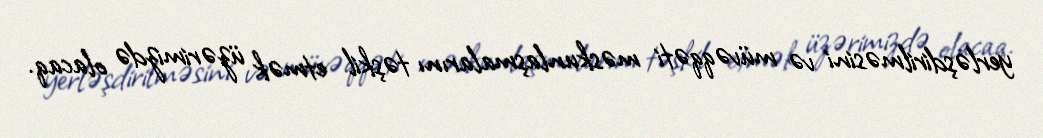
yerləşdirilməsini və müvəqqəti məskunlaşmalarını təşkil etmək üzərimizdə olacaq.